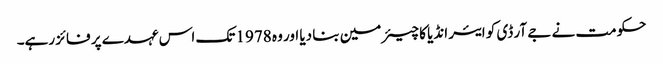
حکومت نے جے آر ڈی کو ایئر انڈیا کا چیئرمین بنا دیا اور وہ 1978 تک اس عہدے پر فائز رہے۔